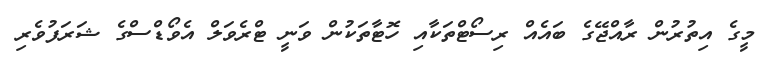
މީގެ އިތުރުން ރާއްޖޭގެ ބައެއް ރިސޯޓްތަކާއި ހޮޓާތަކުން ވަނީ ޓްރެވަލް އެވޯޑްސްގެ ޝަރަފުވެރި